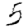
Digit: 5